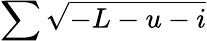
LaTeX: \sum\sqrt{-L-u-i}